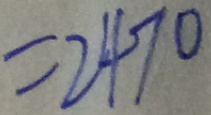
= 2 4 7 0